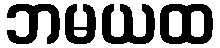
ဘမယထ